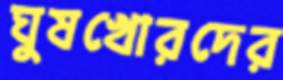
ঘুষখোরদের